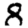
Digit: 8